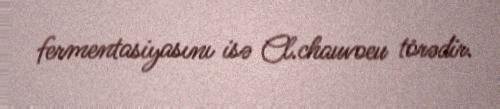
fermentasiyasını isə Cl.chauvoeu törədir.